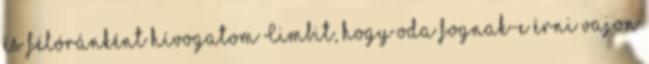
és félóránként hívogatom Cimbit, hogy oda fognak-e érni vajon